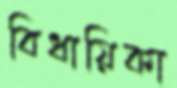
বিধায়িকা